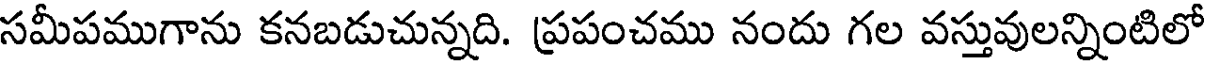
సమీపముగాను కనబడుచున్నది. ప్రపంచము నందు గల వస్తువులన్నింటిలో